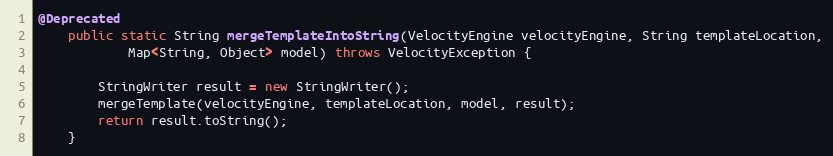
Language: Java
@Deprecated
	public static String mergeTemplateIntoString(VelocityEngine velocityEngine, String templateLocation,
			Map<String, Object> model) throws VelocityException {

		StringWriter result = new StringWriter();
		mergeTemplate(velocityEngine, templateLocation, model, result);
		return result.toString();
	}